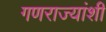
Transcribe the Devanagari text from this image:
गणराज्यांशी